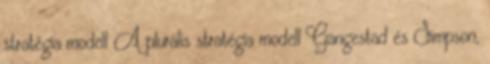
stratégia modell A plurális stratégia modell Gangestad és Simpson,